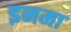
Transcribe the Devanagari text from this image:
इनमा